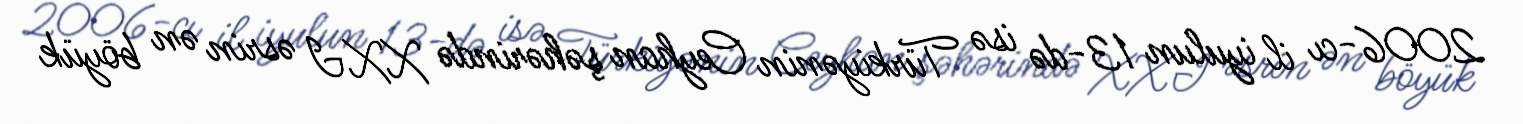
2006-cı il iyulun 13-də isə Türkiyənin Ceyhan şəhərində XXI əsrin ən böyük